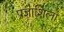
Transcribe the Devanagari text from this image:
प्रज्ञाशिला